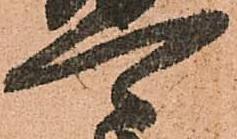
可